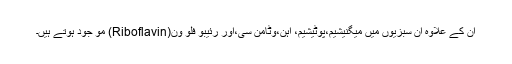
ان کے علاوہ ان سبزیوں میں میگنیشیم،پوٹیشیم، آہن،وٹامن سی،اور رئیبو فلو ون(Riboflavin) مو جود ہوتے ہیں۔